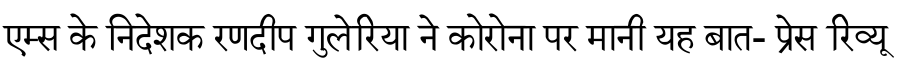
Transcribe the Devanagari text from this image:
एम्स के निदेशक रणदीप गुलेरिया ने कोरोना पर मानी यह बात- प्रेस रिव्यू